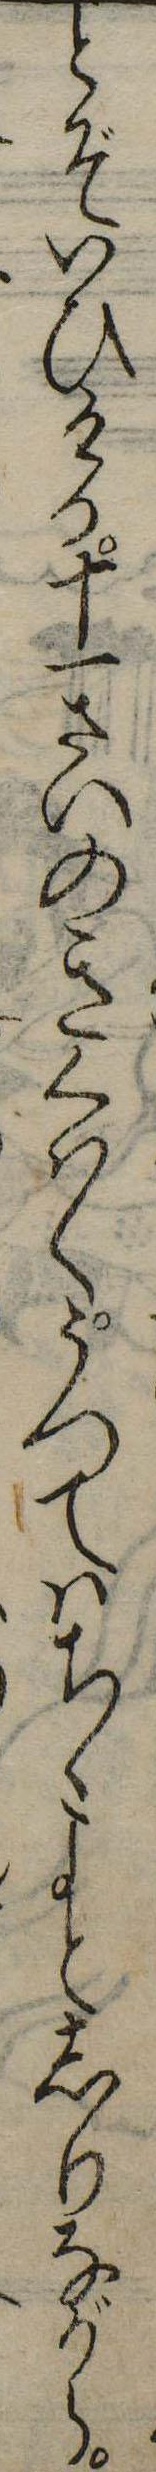
とぞいひける十一さいのきくはくうつてはちゝよとしりながら